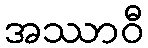
အဿာဝီ